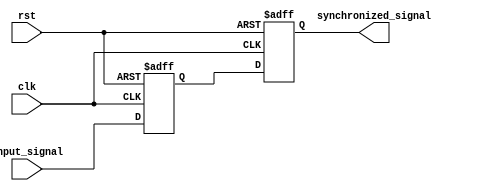
module timing_control_and_sync_block (
    input wire clk,
    input wire rst,
    input wire input_signal,
    output reg synchronized_signal
);

reg first_ff;
reg second_ff;

// First flip-flop to capture the input signal
always @(posedge clk or posedge rst) begin
    if (rst) begin
        first_ff <= 1'b0;
    end else begin
        first_ff <= input_signal;
    end
end

// Second flip-flop to register the output of the first flip-flop
always @(posedge clk or posedge rst) begin
    if (rst) begin
        second_ff <= 1'b0;
    end else begin
        second_ff <= first_ff;
    end
end

// Output of the second flip-flop is the synchronized signal
assign synchronized_signal = second_ff;

endmodule